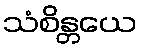
သံစိန္တယေ